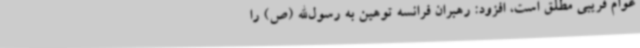
عوام فریبی مطلق است، افزود: رهبران فرانسه توهین به رسول‌الله (ص) را